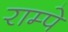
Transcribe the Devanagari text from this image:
राम्पे